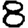
Digit: 8